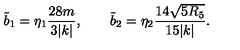
\tilde { b } _ { 1 } = \eta _ { 1 } { \frac { 2 8 m } { 3 | k | } } , \qquad \tilde { b } _ { 2 } = \eta _ { 2 } { \frac { 1 4 \sqrt { 5 R _ { 5 } } } { 1 5 | k | } } .